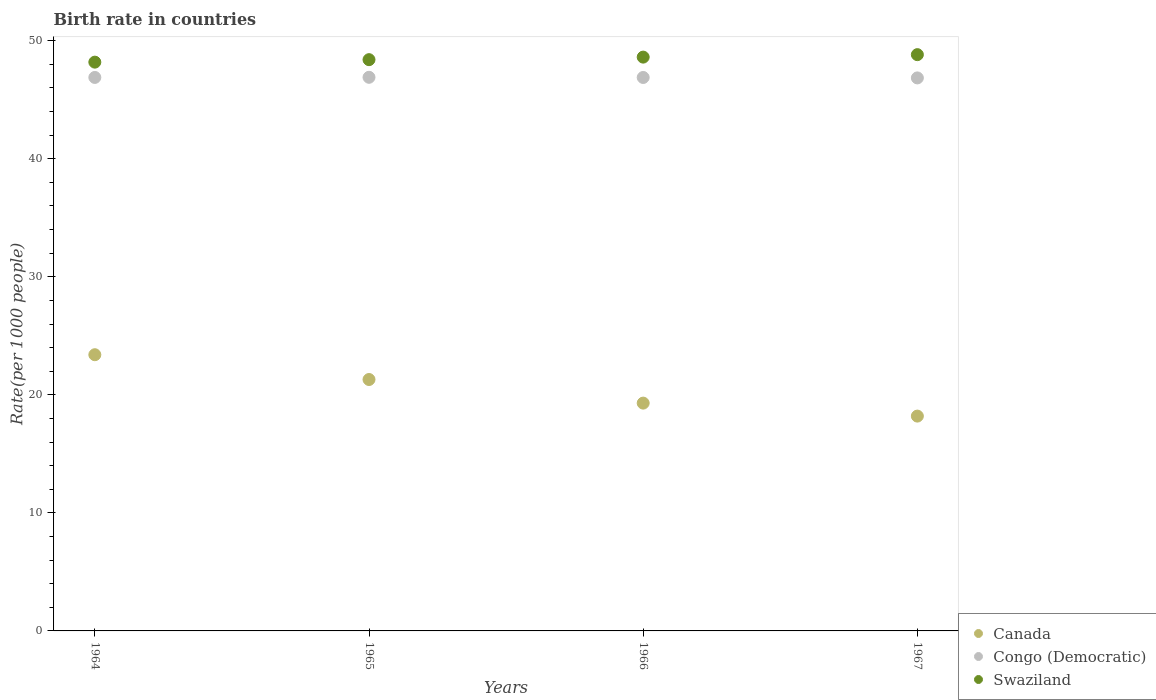
| Years | Canada | Congo (Democratic) | Swaziland |
 | --- | --- | --- | --- |
 | 1964 | 23.4 | 46.9 | 48.2 |
 | 1965 | 21.3 | 46.9 | 48.4 |
 | 1966 | 19.3 | 46.9 | 48.6 |
 | 1967 | 18.2 | 46.9 | 48.8 |